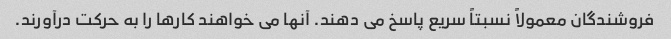
فروشندگان معمولاً نسبتاً سریع پاسخ می دهند. آنها می خواهند کارها را به حرکت درآورند.